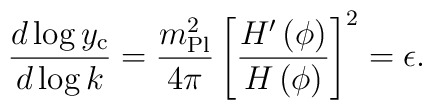
{d \log{y_{\rm c}} \over d \log{k}} = {m_{\rm Pl}^2 \over 4 \pi} \left[{H'\left(\phi\right) \over H\left(\phi\right)}\right]^2 = \epsilon.